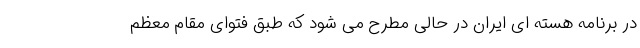
در برنامه هسته ای ایران در حالی مطرح می شود که طبق فتوای مقام معظم